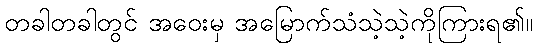
တခါတခါတွင် အဝေးမှ အမြောက်သံသဲ့သဲ့ကိုကြားရ၏။